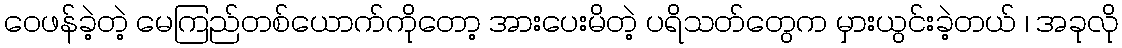
ဝေဖန်ခဲ့တဲ့ မေကြည်တစ်ယောက်ကိုတော့ အားပေးမိတဲ့ ပရိသတ်တွေက မှားယွင်းခဲ့တယ် ၊ အခုလို